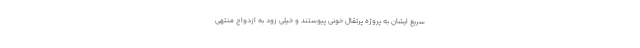
سریع ایشان به پروژه پرتقال خونی پیوستند و خیلی زود به ازدواج منتهی